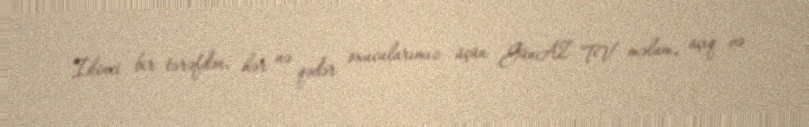
İkinci bir tərəfdən, hər nə qədər oxucularımız üçün GünAZ TV məlum, açıq və